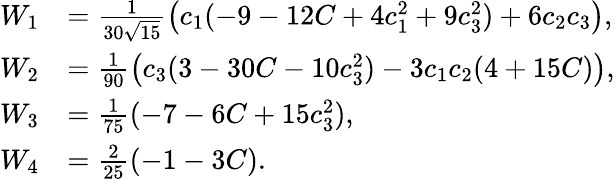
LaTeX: \begin{array}{rl}{W_{1}}&{=\frac 1{30\sqrt{15}}\big(c_{1}(-9-12C+4c_{1}^{2}+9c_{3}^{2})+6c_{2}c_{3}\big),}\\ {W_{2}}&{=\frac 1{90}\big(c_{3}(3-30C-10c_{3}^{2})-3c_{1}c_{2}(4+15C)\big),}\\ {W_{3}}&{=\frac 1{75}(-7-6C+15c_{3}^{2}),}\\ {W_{4}}&{=\frac 2{25}(-1-3C).}\end{array}